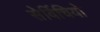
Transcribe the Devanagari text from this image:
सेर्विचियो